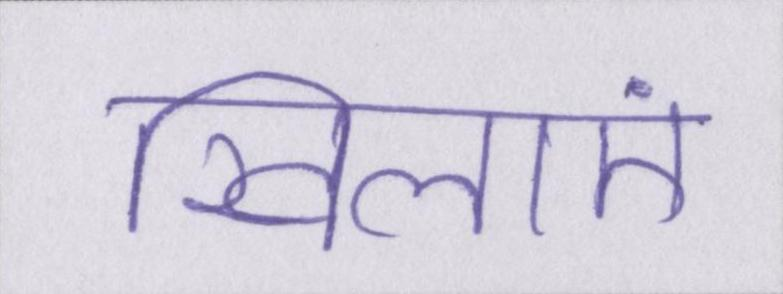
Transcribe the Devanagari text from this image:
खिलाएं